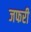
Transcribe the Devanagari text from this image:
जफरी